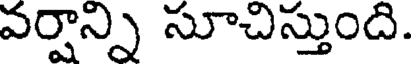
వర్షాన్ని సూచిస్తుంది.